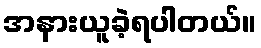
အနားယူခဲ့ရပါတယ်။